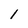
Character: 1